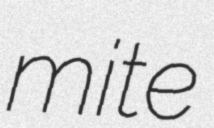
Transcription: mite